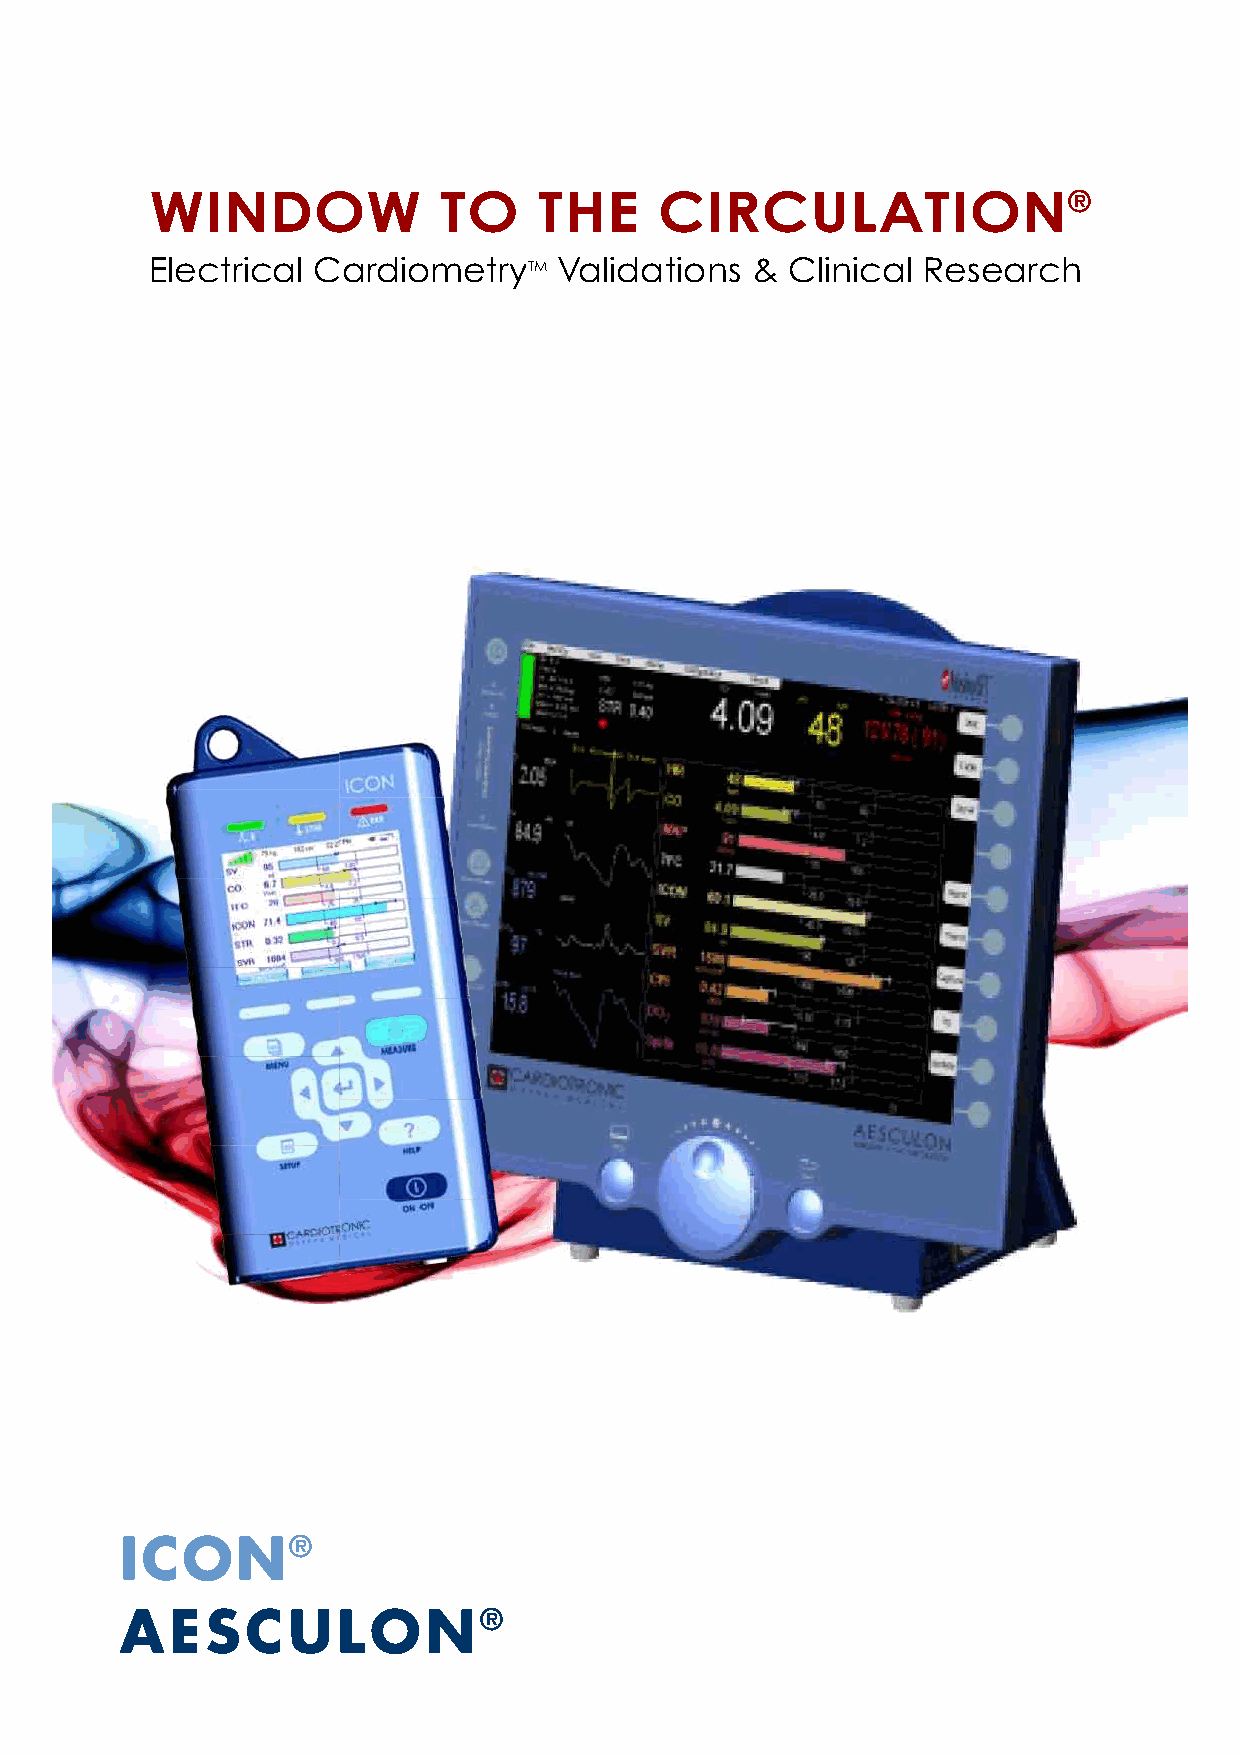
7/.2+;82-
 4**--                                       *
 #E><MKB<: E!: K=BHF >MKRMMGG3: EB=: MBHGL !EBGB<: E/>L>: K<A
 $"’&*
 !#(")%’&*